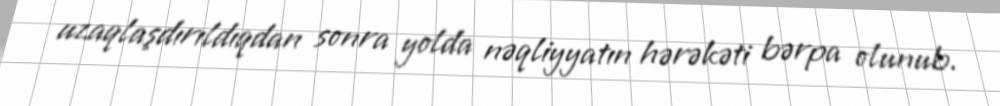
uzaqlaşdırıldıqdan sonra yolda nəqliyyatın hərəkəti bərpa olunub.